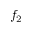
f _ { 2 }